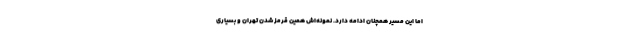
اما این مسیر همچنان ادامه دارد. نمونه‌اش همین قرمز شدن تهران و بسیاری